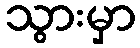
သွားမှာ